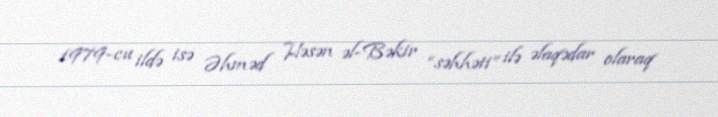
1979-cu ildə isə Əhməd Həsən əl-Bəkir “səhhəti” ilə əlaqədar olaraq